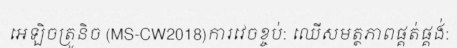
អេឡិចត្រូនិច (MS-CW2018)ការវេចខ្ចប់: ឈើសមត្ថភាពផ្គត់ផ្គង់: